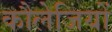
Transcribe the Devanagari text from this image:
कौलेजियों